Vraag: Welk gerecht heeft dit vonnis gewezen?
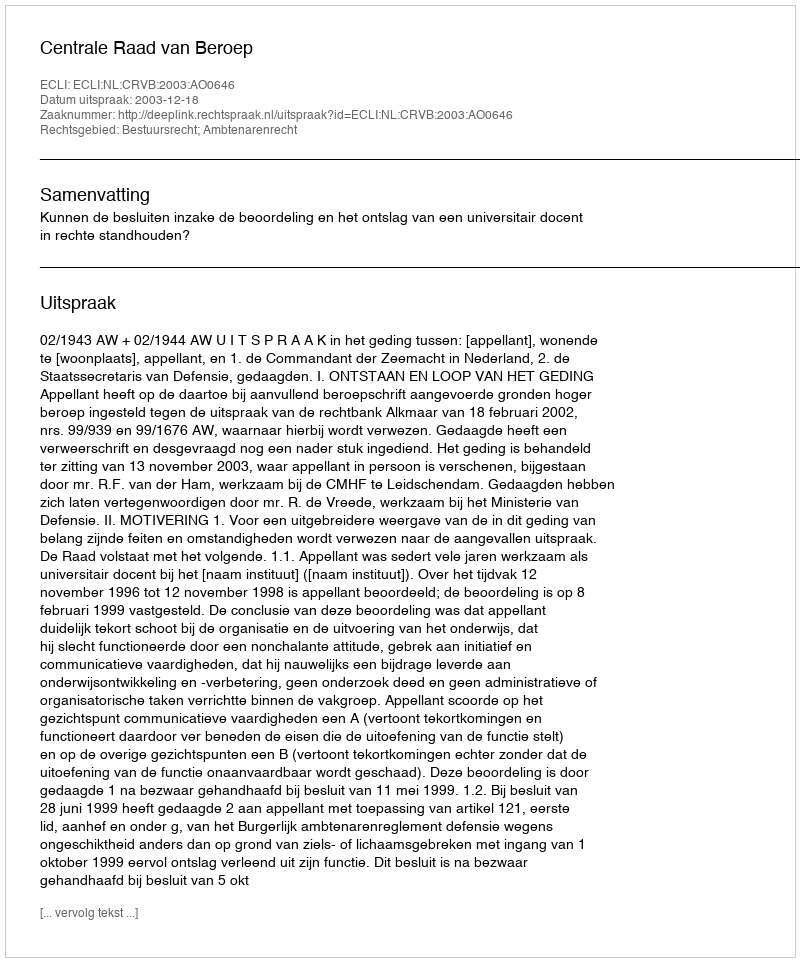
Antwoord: Centrale Raad van Beroep